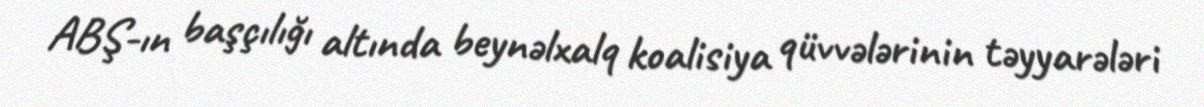
ABŞ-ın başçılığı altında beynəlxalq koalisiya qüvvələrinin təyyarələri